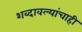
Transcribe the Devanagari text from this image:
शब्दावल्यांचाही